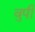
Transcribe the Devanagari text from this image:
वुपी